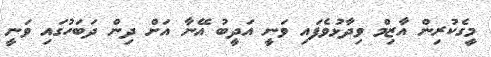
މީގެކުރިން އާޒިމް ވިދާޅުވެފައި ވަނީ އަދީބު އޭނާ އަށް ދިން ދަބަހުގައި ވަނީ